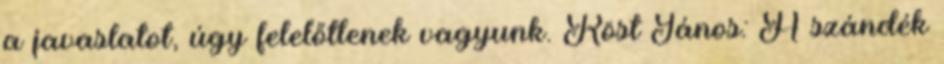
a javaslatot, úgy felelőtlenek vagyunk. Röst János: A szándék